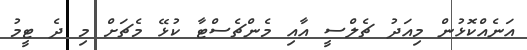
އަނެއްކޮޅުން މިއަދު ޗެލްސީ އާއި މެންޗެސްޓާ ކުޅޭ މެޗަށް މި ދެ ޓީމު